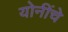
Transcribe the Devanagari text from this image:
योनींचे